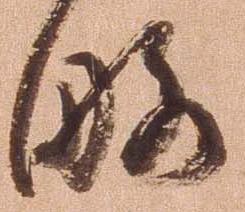
略